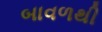
બાવળથી